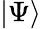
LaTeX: |\Psi\rangle